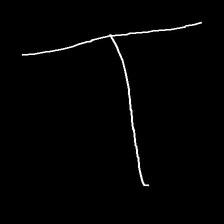
Glyph: column